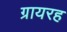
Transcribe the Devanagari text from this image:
ग्रायरह